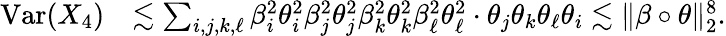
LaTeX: \begin{array}{rl}{\mathrm{Var}(X_{4})}&{\lesssim\sum_{i,j,k,\ell}\beta_{i}^{2}\theta_{i}^{2}\beta_{j}^{2}\theta_{j}^{2}\beta_{k}^{2}\theta_{k}^{2}\beta_{\ell}^{2}\theta_{\ell}^{2}\cdot\theta_{j}\theta_{k}\theta_{\ell}\theta_{i}\lesssim\| \beta\circ\theta\| _{2}^{8}.}\end{array}